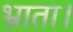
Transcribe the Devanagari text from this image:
भ्राता।